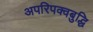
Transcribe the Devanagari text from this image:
अपरिपक्वबुद्धि